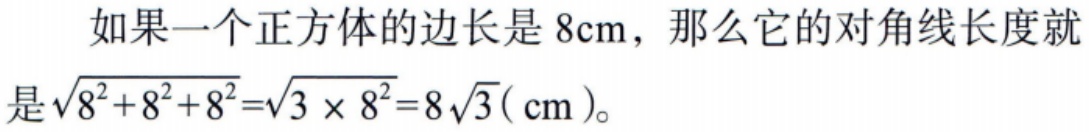
如果一个正方体的边长是\(8\text{cm}\)，那么它的对角线长度就是\(\sqrt{8^{2}+8^{2}+8^{2}}=\sqrt{3\times8^{2}} = 8\sqrt{3}(\text{cm})\)。